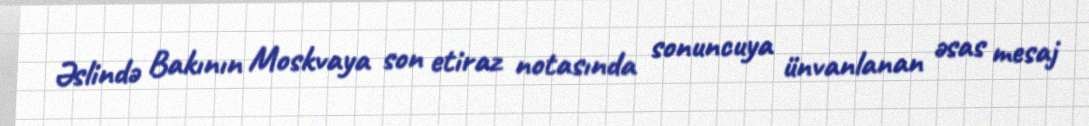
Əslində Bakının Moskvaya son etiraz notasında sonuncuya ünvanlanan əsas mesaj